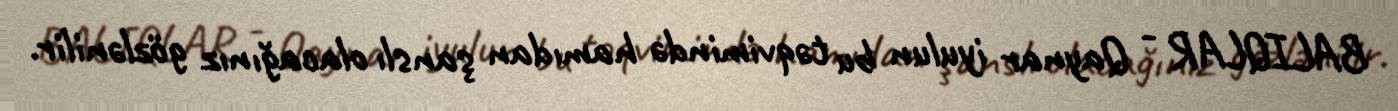
BALIQLAR - Qaynar iyulun bu təqvimində hamıdan şanslı olacağınız gözlənilir.